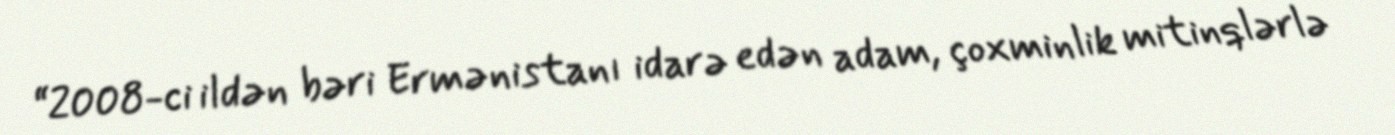
“2008-ci ildən bəri Ermənistanı idarə edən adam, çoxminlik mitinqlərlə